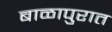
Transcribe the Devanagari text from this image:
बाळापुरात